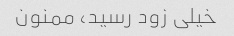
خیلی زود رسید، ممنون